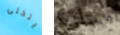
يتخلى مسلي